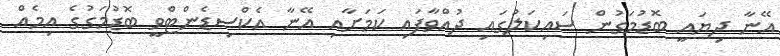
އޭނާ ދިޔައީ ބޮޑުމަގުން ސައިކަލުގައި ދުއްވާފައި ކަމަށާއި އޭނާ އެކްސިޑެންޓްވީ ބޮޑުމަގުގެ އިމެއް